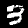
Label: 3